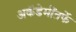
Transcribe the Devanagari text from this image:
अकॅडेमींतर्फे